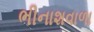
ભીનાશવાળા